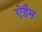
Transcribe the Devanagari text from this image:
ऐडैम